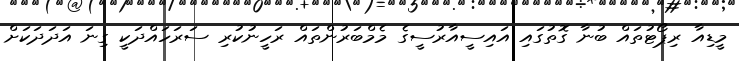
މީޑިއާ ރިޕޯޓުތައް ބުނާ ގޮތުގައި އައިސީއާރުސީގެ މެމްބަރުންތައް ރަހީނުކުރި ސަރަހައްދަކީ ގިނަ އަދަދަކަށް